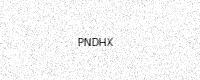
Text: PNDHX